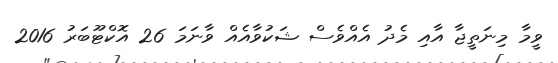
ވީމާ މިނަތީޖާ އާއި މެދު އެއްވެސް ޝަކުވާއެއް ވާނަމަ 26 އޮކްޓޫބަރު 2016